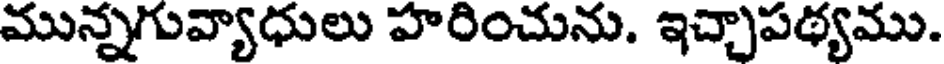
మున్నగువ్యాధులు హరించును. ఇచ్చాపథ్యము.